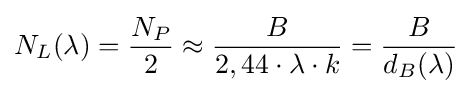
N_{L}(\lambda )={\frac {N_{P}}{2}}\approx {\frac {B}{2,44\cdot \lambda \cdot k}}={\frac {B}{d_{B}(\lambda )}}